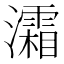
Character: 灀